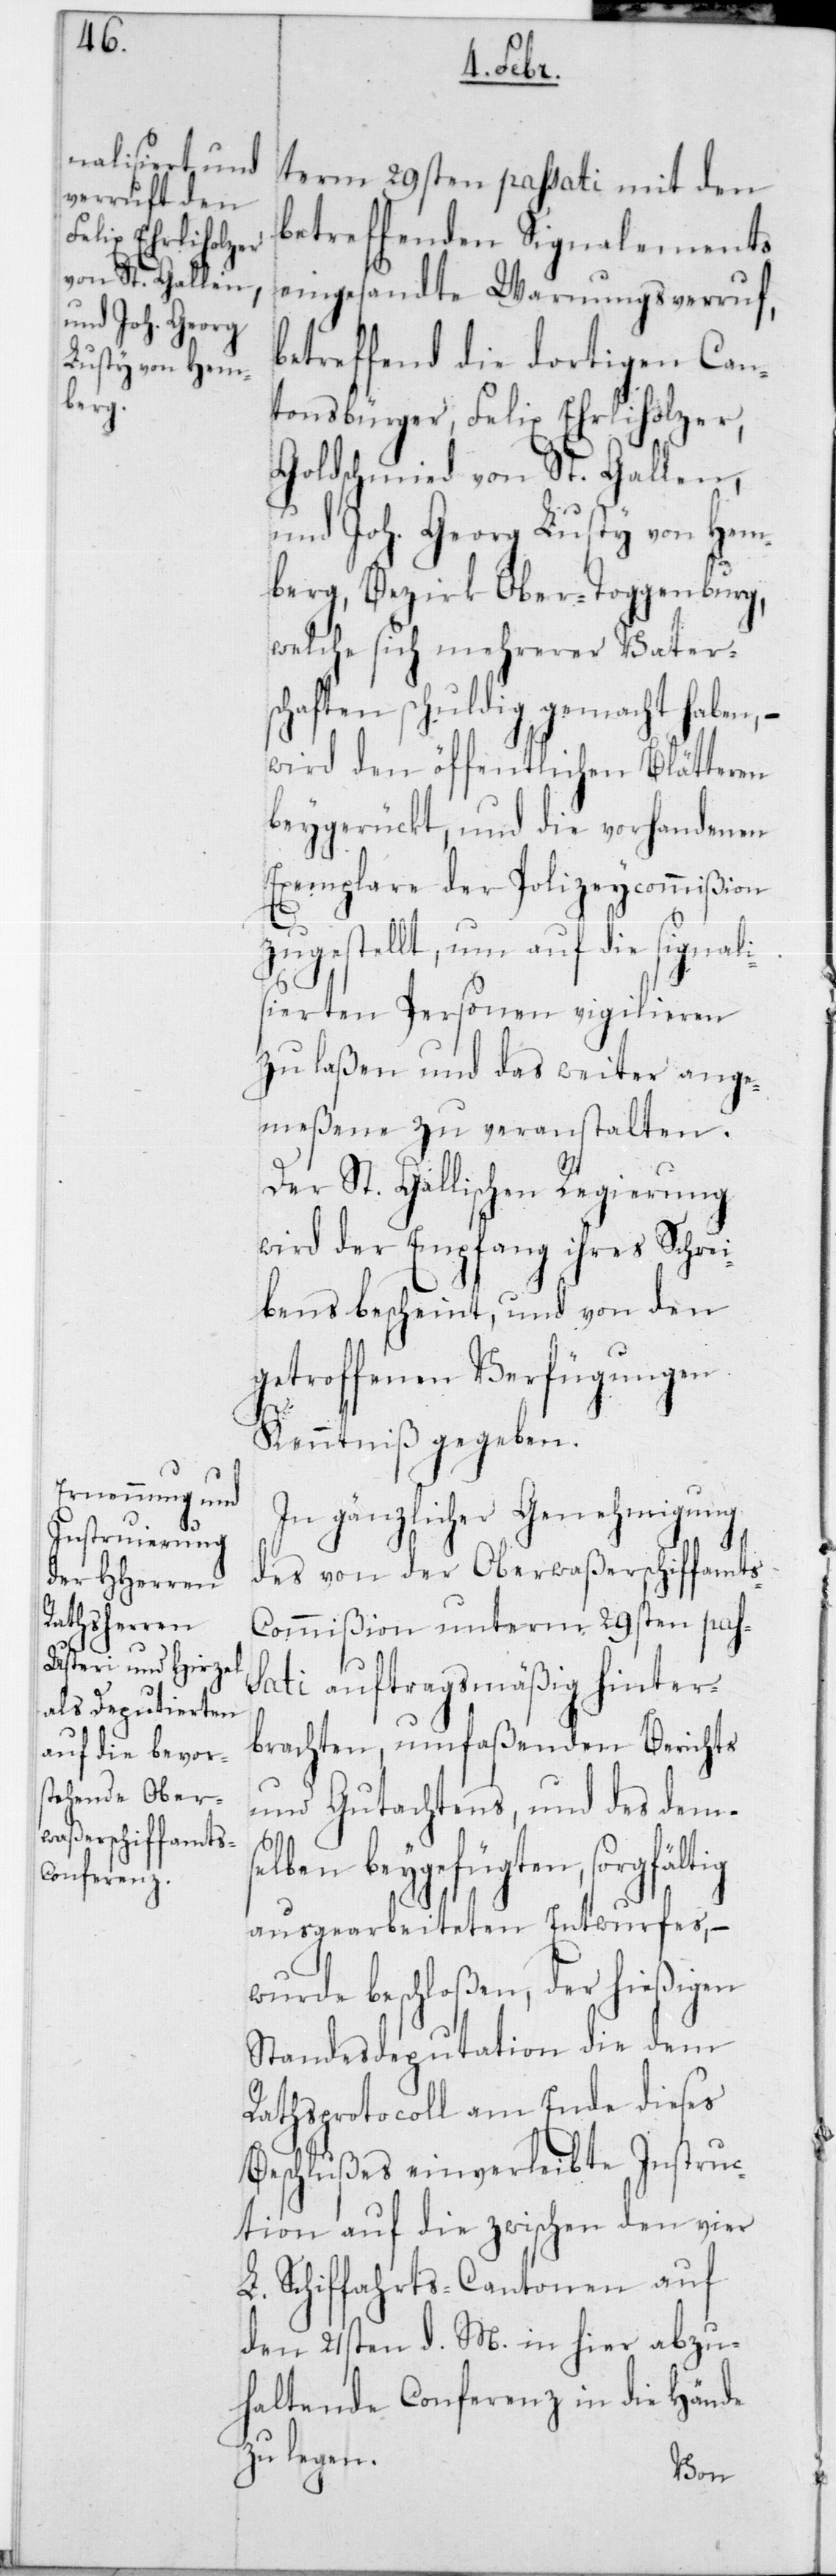
term 29sten passati mit den
betreffenden Signalements
eingesandte Warnungsverruf,
betreffend die dortigen Can¬
tonsbürger, Felix Ehrliholzer,
Goldschmied von St. Gallen;
und Joh. Georg Lusty von Hem¬
berg, Bezirk Ober-Toggenburg;
welche sich mehrerer Vater¬
schaften schuldig gemacht haben,
wird den öffentlichen Blätteren
beygerückt, und die vorhandenen
Exemplare der Polizeycommißion
zugestellt, um auf die signali¬
sierten Personen vigilieren
zu laßen und das weiter Ange¬
messene zu veranstalten.
Der St. Gallischen Regierung
wird der Empfang ihres Schrei¬
bens bescheint, und von den
getroffenen Verfügungen
Kenntniß gegeben.
In gänzlicher Genehmigung
des von der Oberwaßerschiffamts-C¬
ommißion unterm 29sten pass¬
ati auftragsmäßig hinter¬
brachten, umfaßenden Berichts
und Gutachtens, und des dems¬
elben beygefügten, sorgfältig
ausgearbeiteten Entwurfes, –
wurde beschloßen, der hießigen
Standesdeputation die dem
Rathsprotocoll am Ende dieses
Beschlußes einverleibte Instruc¬
tion auf die zwischen den vier
L. Schiffahrts-Cantonen auf
den 21sten d. M. in hier abzu¬
haltende Conferenz in die Hände
zu legen.